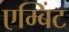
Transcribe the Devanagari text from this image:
एम्बिंट